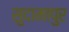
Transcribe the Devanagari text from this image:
सुदामापुर